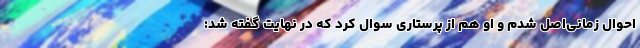
احوال زمانی‌اصل شدم و او هم از پرستاری سوال کرد که در نهایت گفته شد: